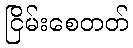
ငြိမ်းစေတတ်